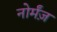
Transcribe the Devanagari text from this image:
नोर्मंज़